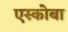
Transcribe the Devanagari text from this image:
एस्कोबा